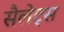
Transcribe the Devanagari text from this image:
सैलेट्स